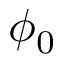
\phi _ { 0 }